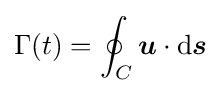
\Gamma (t)=\oint _{C}{\boldsymbol {u}}\cdot \mathrm {d} {\boldsymbol {s}}